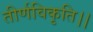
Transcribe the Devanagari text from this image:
तीर्णविकृति।।